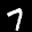
Label: 7